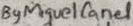
Text: By Miguel Canel